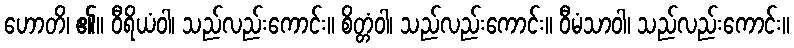
ဟောတိ၊ ၏။ ဝီရိယံဝါ၊ သည်လည်းကောင်း။ စိတ္တံဝါ၊ သည်လည်းကောင်း။ ဝီမံသာဝါ၊ သည်လည်းကောင်း။